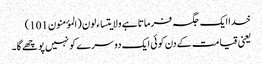
خدا ایک جگہ فرماتا ہے ولایتساءلون (المؤمنون101)
یعنی قیامت کےدن کوئی ایک دوسرے کو نہیں پوچھے گا۔